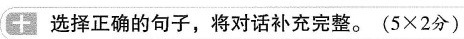
+ 选择正确的句子,将对话补充完整。($$5 × 2$$分)